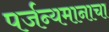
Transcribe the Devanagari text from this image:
पर्जन्यमानाचा